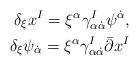
LaTeX: \begin{align*}\delta_{\xi}x^I=\xi^{\alpha}\gamma^I_{\alpha \dot\alpha}\psi^{\dot \alpha},\\\delta_{\xi}\psi_{\dot\alpha}=\xi^{\alpha}\gamma^I_{\alpha\dot\alpha}\bar \partial x^I\end{align*}